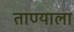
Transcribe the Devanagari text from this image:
ताण्याला